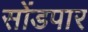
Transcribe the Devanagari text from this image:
सोंडपार